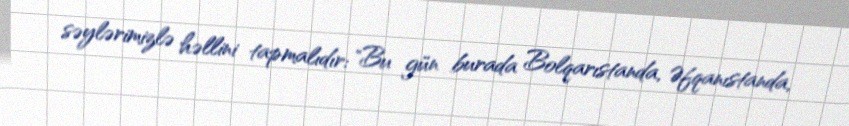
səylərimizlə həllini tapmalıdır: "Bu gün burada Bolqarıstanda, Əfqanıstanda,